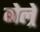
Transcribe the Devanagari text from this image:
गेल्रे